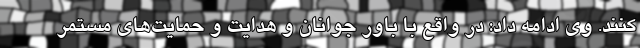
کنند. وی ادامه داد: در واقع با باور جوانان و هدایت و حمایت‌های مستمر